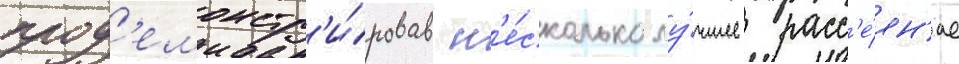
прод'емонстр'и́ровав н'е́сколько лу́чшее расс'е́ян'ие